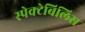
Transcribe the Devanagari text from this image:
स्पेक्टेबिलिस